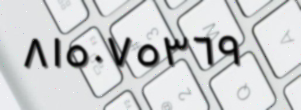
٨١٥٠٧٥٣٦٩